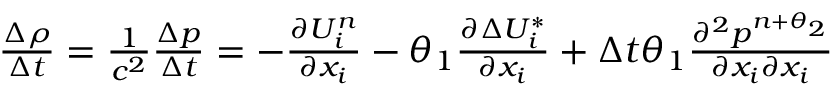
\begin{array} { r } { \frac { \Delta \rho } { \Delta t } = \frac { 1 } { { { c } ^ { 2 } } } \frac { \Delta p } { \Delta t } = - \frac { \partial U _ { i } ^ { n } } { \partial { { x } _ { i } } } - \theta _ { 1 } \frac { \partial \Delta U _ { i } ^ { * } } { \partial { { x } _ { i } } } + \Delta t \theta _ { 1 } \frac { { { \partial } ^ { 2 } } { { p } ^ { n + { { \theta } _ { 2 } } } } } { \partial { { x } _ { i } } \partial { { x } _ { i } } } } \end{array}